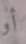
أو